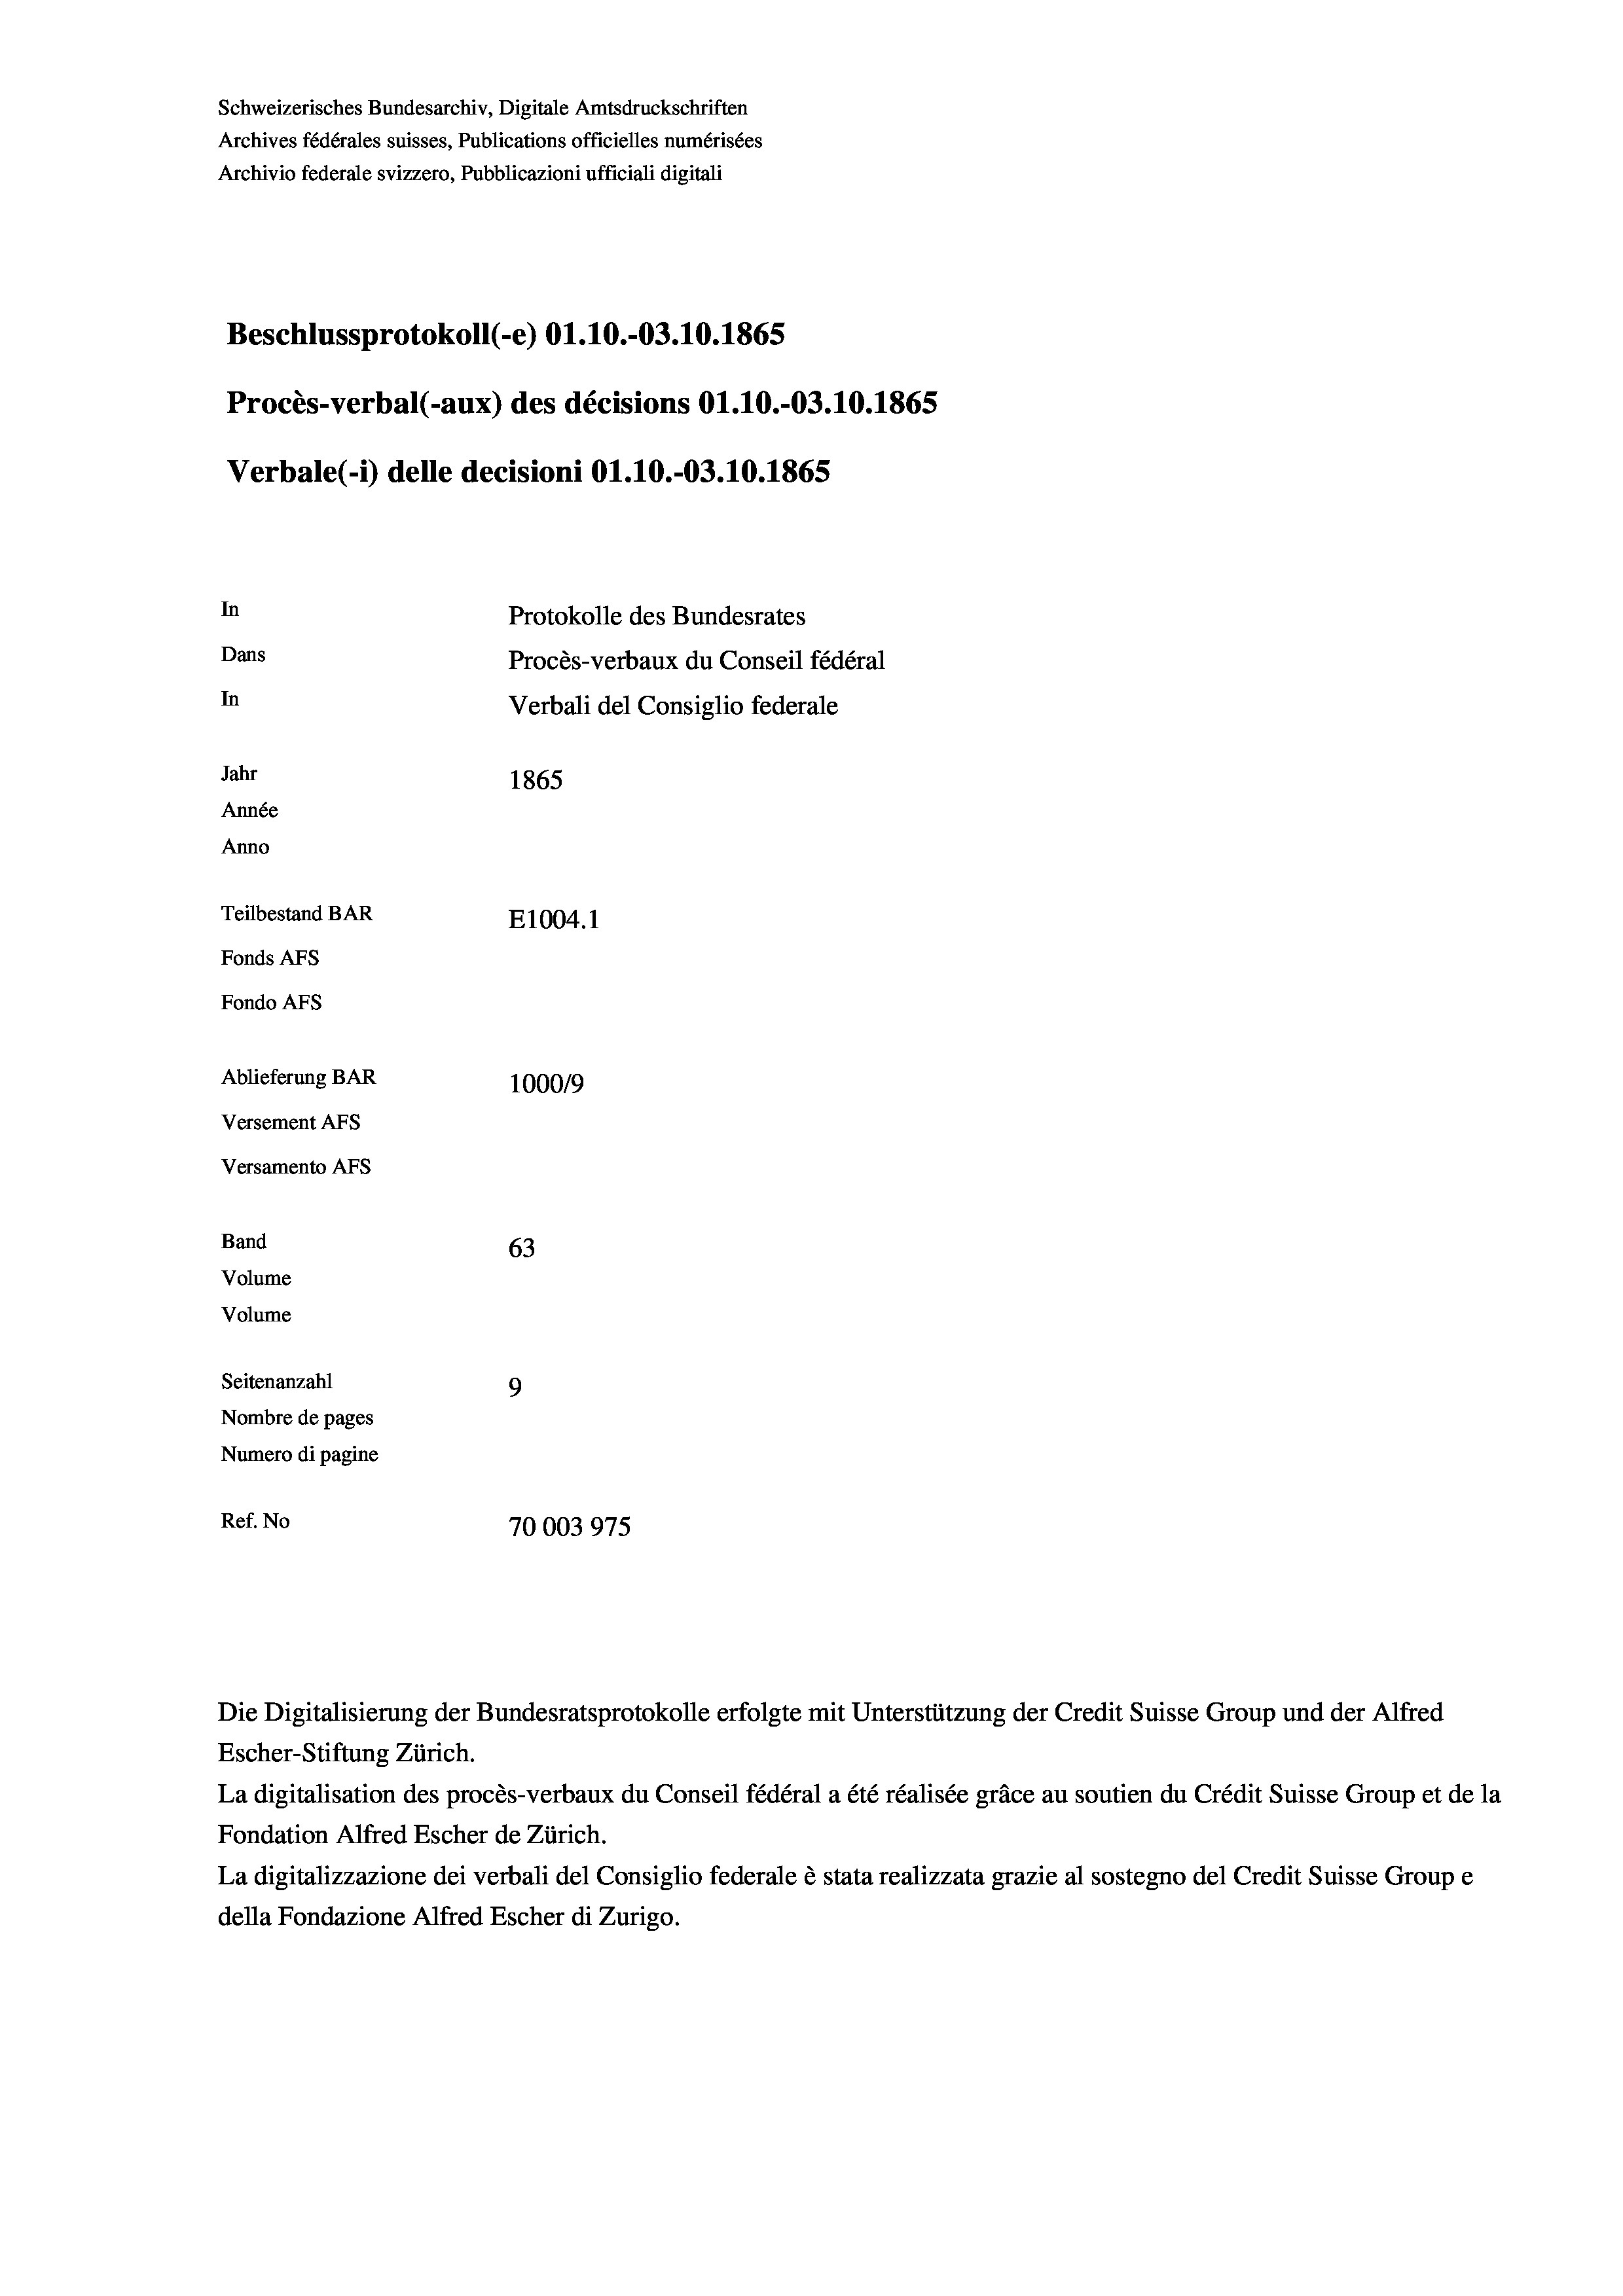
Schweizerisches Bundesarchiv, Digitale Amtsdruckschriften
Archives fédérales suisses, Publications officielles numérisées
Archivio federale svizzero, Pubblicazioni ufficiali digitali
Beschlussprotokoll (-e) O1.10.-03.10.1865
Procès-verbal (-aux) des décisions O1.10.-03.10.1865
Verbale(1) delle decisioni O1.10.-03.10.1865
In
Protokolle des Bundesrates
Dans
Procès-verbaux du Conseil fédéral
In
Verbali del Consiglio federale
Jahr
1865
Année
Anno
Teilbestand BAR
E1004. 1
Fonds AFs
Fondo Afs
Ablieferung BAR
100019
Versement AFs
Versamento Afs
Band
63
Volume
Volume
Seitenanzahl
9
Nombre de pages
Numero di pagine
Ref. No
70003975

Escher-Stiftung Zürich.
La digitalisation des procès-verbaux du Conseil fédéral a été réalisée gräce au soutien du Crédit Suisse Group et de la
Fondation Alfred Escher de Zürich.
La digitalizzazione dei verbali del Consiglio federale è stata realizzata grazie al sostegno del Credit Suisse Groupe
della Fondazione Alfred Escher di Zurigo.

Die Digitalisierung der Bundesratsprotokolle erfolgte mit Unterstützung der Credit Suisse Group und der Alfred